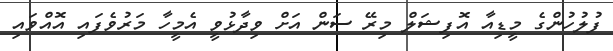
ފުލުހުންގެ މީޑިއާ އޮފިޝަލް މިރޭ ސަން އަށް ވިދާޅުވީ އެމީހާ މަރުވެފައި އޮއްވައި